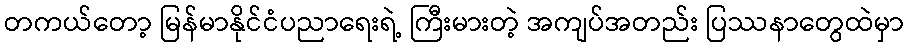
တကယ်တော့ မြန်မာနိုင်ငံပညာရေးရဲ့ ကြီးမားတဲ့ အကျပ်အတည်း ပြဿနာတွေထဲမှာ